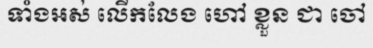
ទាំងអស់ លើកលែង ហៅ ខ្លួន ជា ចៅ